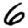
Digit: 6